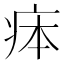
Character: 𤵳